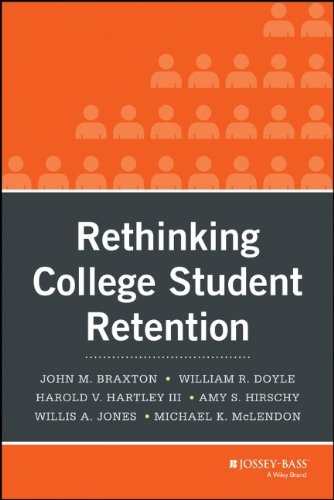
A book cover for Rethinking College Student Retention; John M. Braxton; Education & Teaching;